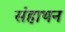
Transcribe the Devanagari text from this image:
संहाथन